Annual administration report of the Civil Veterinary Department of India - 1897-1898
Year: 1897
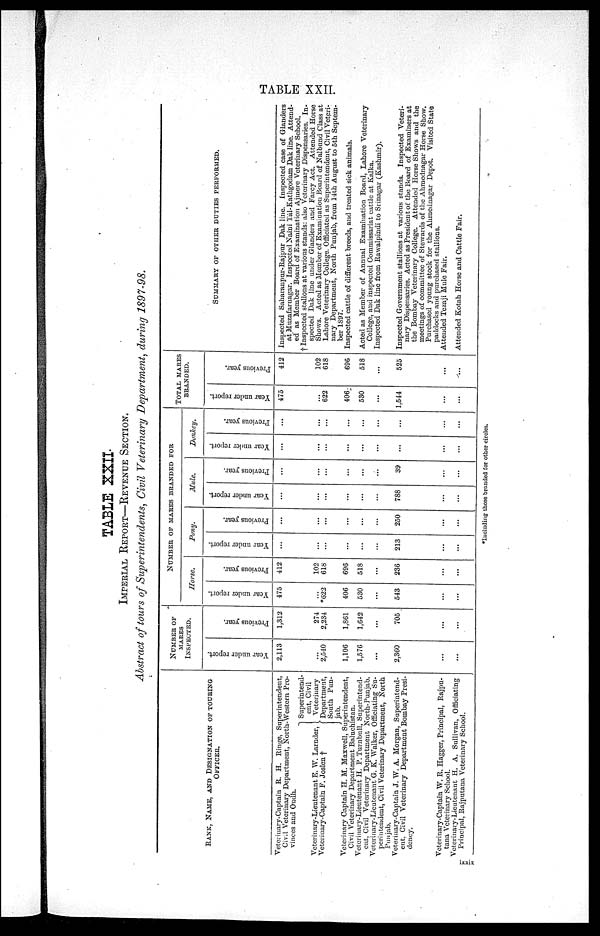
TABLE XXII.
TABLE XXII.
IMPERIAL REPORT—REVENUE SECTION.
Abstract of tours of Superintendents, Civil Veterinary Department, during 1897-98.
RANK, NAME, AND DESIGNATION OF TOURING
OFFICER.
Veterinary-Captain R. H. Ringe, Superintendent,
Civil Veterinary Department, North-Western Pro-
vinces and Oudh.
Veterinary-Lieutenant E. W. Larnder,
Veterinary-Captain F. Joslen †
Superintend-
ent, Civil
Veterinary
Department,
South Pun-
jab.
Veterinary Captain H. M. Maxwell, Superintendent,
Civil Veterinary Department Baluchistan.
Veterinary-Lieutenant H. P. Turnbull, Superintend-
ent, Civil Veterinary Department North-Punjab.
Veterinary-Lieutenant G. K. Walker, Officiating Su-
perintendent, Civil Veterinary Department, North
Punjab.
Veterinary-Captain J. W. A. Morgan, Superintend-
ent, Civil Veterinary Department Bombay Presi-
dency.
Veterinary-Captain W. R. Hagger, Principal, Rajpu-
tana Veterinary School.
Veterinary-Lieutenant H. A. Sullivan, Officiating
Principal, Rajputana Veterinary School.
NUMBER OF MARES INSPECTED.
Year under report.
2,113
...
2,540
1,106
1,576
...
2,360
...
...
Previous year.
1,312
274
2,234
1,861
1,642
...
705
...
...
NUMBER OF MARES BRANDED FOR
Horse.
Year under report.
475
...
*622
406
530
...
543
...
...
Previous year.
412
102
618
696
518
...
236
...
...
Pony.
Year under report.
...
...
...
...
...
...
213
...
...
Previous year.
...
...
...
...
...
...
250
...
...
Mule.
Year under report.
...
...
...
...
...
...
788
...
...
Previous year.
...
...
...
...
...
...
39
...
...
Donkey.
Year under report.
...
...
...
...
...
...
...
...
...
Previous year.
...
...
...
...
...
...
...
TOTAL MARES BRANDED.
Year under report.
475
...
622
406
530
...
1,544
...
...
Previous year.
412
102
618
696
518
...
525
...
...
SUMMARY OF OTHER DUTIES PERFORMED.
Inspected Saharanpur-Rajpur Dak line. Inspected case of Glanders
at Muzafarnagar. Inspected Naini Tal-Kathgodam Dak line. Attend
ed as Member Board of Examination Ajmere Veterinary School.
† Inspected stallons at various stands: also Veterinary Dispensaries. In-
spected Dak line under Glanders and Farcy Act. Attended Horse
Shows. Acted as Member of Examination Board of Nalbund Class at
Lahore Veterinary College. Officiated as Superintendent, Civil Veteri-
nary Department, North Punjab, from 14th August to 5th Septem-
ber 1897.
Inspected cattle of different breeds, and treated sick animals.
Acted as Member of Annual Examination Board, Lahore Veterinary
College, and inspected Commissariat cattle at Kalka.
Inspected Dak line from Rawalpindi to Srinagar (Kashmir).
Inspected Government stallions at various stands. Inspected Veteri-
nary Dispensaries. Acted as President of the Board of Examiners at
the Bombay Veterinary College. Attended Horse Shows and the
meetings of committee of Stewards of the Ahmednagar Horse Show
Purchased young stock for the Ahmednagar Depot. Visited State
paddocks and purchased stallions.
Attended Tezaji Mule Fair.
Attended Kotah Horse and Cattle Fair.
*Including those branded for other circles.
Ixxix